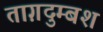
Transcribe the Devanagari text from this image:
ताग़दुम्बश